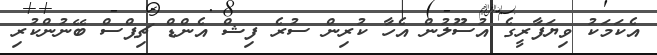
އެކަމަކު ވިޔަފާރީގެ އުސޫލުން އެހާ ކުރިން ސުރެ ފިޝް އެންޑް ޗިޕްސް ބޭނުންކުރި